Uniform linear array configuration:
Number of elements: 48
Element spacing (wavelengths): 0.5
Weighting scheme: exponential
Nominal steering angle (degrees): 15
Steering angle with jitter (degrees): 14.865
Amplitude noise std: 0.05
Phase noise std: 0.05

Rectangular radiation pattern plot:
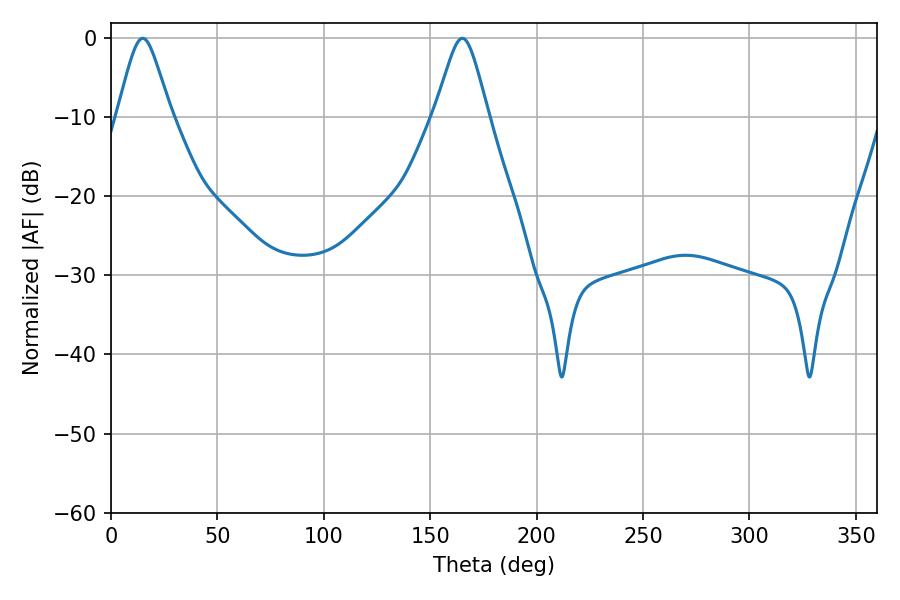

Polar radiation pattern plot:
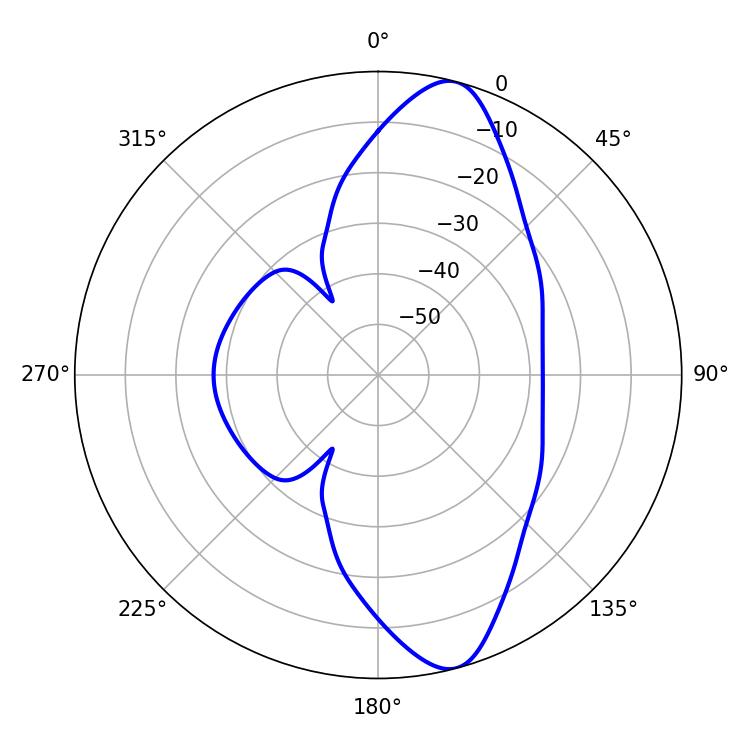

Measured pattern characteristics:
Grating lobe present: FALSE
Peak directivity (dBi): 11.488
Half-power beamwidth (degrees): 12.06
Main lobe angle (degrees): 14.94